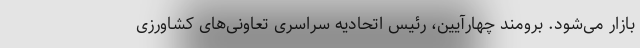
بازار می‌شود. برومند چهارآیین، رئیس اتحادیه سراسری تعاونی‌های کشاورزی